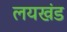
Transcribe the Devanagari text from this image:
लयखंड